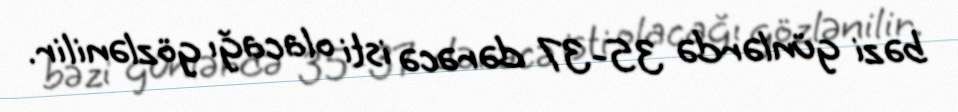
bəzi günlərdə 35-37 dərəcə isti olacağı gözlənilir.